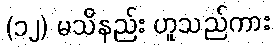
(၁၂) မသိနည်း ဟူသည်ကား